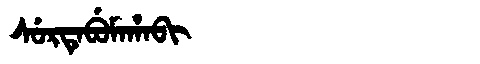
Manchu: ᠰᡠᡵᡨᡝᠪᡠᠮᠠᡥᠠᠪᡳ
Romanization: SURTEBUMAHABI